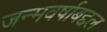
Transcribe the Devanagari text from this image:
जन्मवर्षाबद्दल